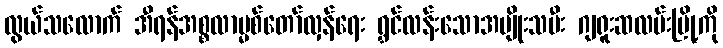
လွယ်သလောက် အီရန်အစ္စလာမ္မစ်တော်လှန်ရေး ရွှင်လန်းသောအမျိုးသမီး ဂျရူးဆလမ်းမြို့ကို